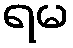
ရမ